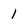
Character: 1